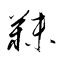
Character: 靺